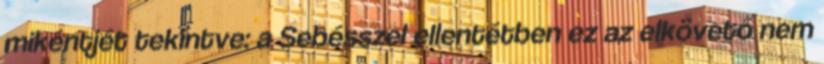
mikéntjét tekintve: a Sebésszel ellentétben ez az elkövető nem